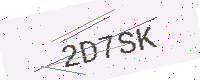
Text: 2D7SK